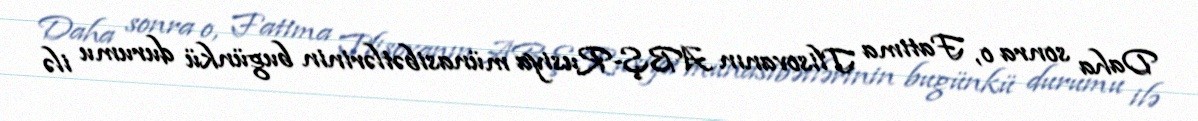
Daha sonra o, Fatima Tlisovanın ABŞ-Rusiya münasibətlərinin bugünkü durumu ilə